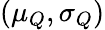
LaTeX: (\mu_{Q},\sigma_{Q})